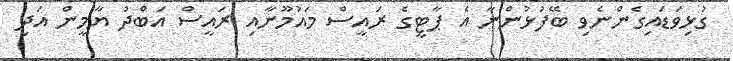
ގުޅިވަޑައިގެންނެވި ބޭފުޅުންނާ އެ ޕާޓީގެ ރައީސް މައުމޫނާއި ރައީސް އަބްދު ޔާމީން އަދި